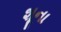
શૂના